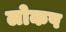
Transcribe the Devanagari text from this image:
लोकष